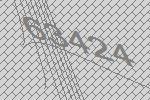
63424